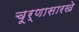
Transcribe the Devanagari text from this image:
चूर्णासारखे